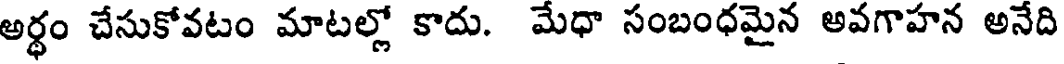
అర్ధం చేసుకోవటం మాటల్లో కాదు. మేధా సంబంధమైన అవగాహన అనేది